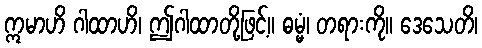
ဣမာဟိ ဂါထာဟိ၊ ဤဂါထာတို့ဖြင့်။ ဓမ္မံ၊ တရားကို။ ဒေသေတိ၊